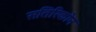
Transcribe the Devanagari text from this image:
सतिरिकोन